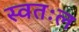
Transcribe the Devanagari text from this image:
स्वतःल